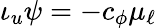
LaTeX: \iota_{u}\psi=-c_{\phi}\mu_{\ell}